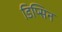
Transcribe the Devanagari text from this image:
डिप्सिन